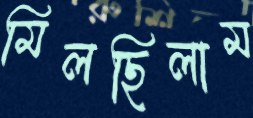
মিলছিলাম